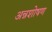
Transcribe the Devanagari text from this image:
अन्नशोषण